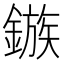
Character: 鏃